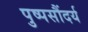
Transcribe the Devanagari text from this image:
पुष्पसौंदर्य